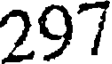
297